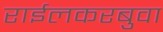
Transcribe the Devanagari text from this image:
राईलकरबुवा